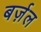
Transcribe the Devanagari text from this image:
बर्ज़ल